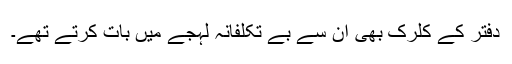
دفتر کے کلرک بھی ان سے بے تکلفانہ لہجے میں بات کرتے تھے۔